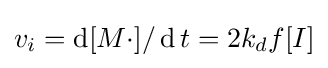
v_{i}={\operatorname {d} [M\cdot ]/\operatorname {d} t}=2k_{d}f[I]